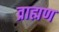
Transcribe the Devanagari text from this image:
व्राह्मण